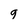
Character: g